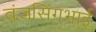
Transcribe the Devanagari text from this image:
वंजसिंगभाई